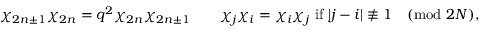
\chi _ { 2 n \pm 1 } \chi _ { 2 n } = q ^ { 2 } \chi _ { 2 n } \chi _ { 2 n \pm 1 } \qquad \chi _ { j } \chi _ { i } = \chi _ { i } \chi _ { j } \mathrm { ~ i f ~ } | j - i | \not \equiv 1 \pmod { 2 N } ,